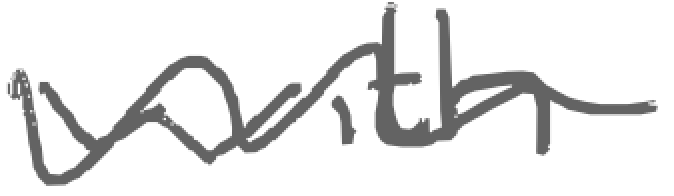
Text: with
Cross-out: wave
Writing tool: digital_gray